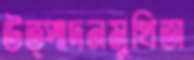
উত্পাদনমুখিতা